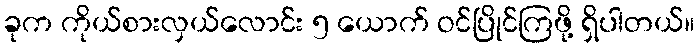
ခုက ကိုယ်စားလှယ်လောင်း ၅ ယောက် ဝင်ပြိုင်ကြဖို့ ရှိပါတယ်။